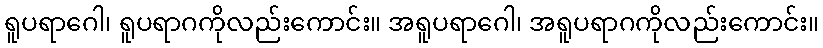
ရူပရာဂေါ၊ ရူပရာဂကိုလည်းကောင်း။ အရူပရာဂေါ၊ အရူပရာဂကိုလည်းကောင်း။